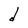
Character: d